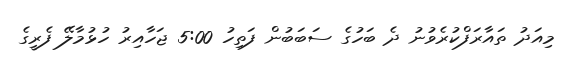
މިއަދު ތައާރަފްކުރެވުނު ދެ ބަހުގެ ސަބަބުން ފަތިހު 5:00 ޖަހާއިރު ހުޅުމާލޭ ފެރީގެ